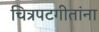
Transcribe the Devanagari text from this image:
चित्रपटगीतांना